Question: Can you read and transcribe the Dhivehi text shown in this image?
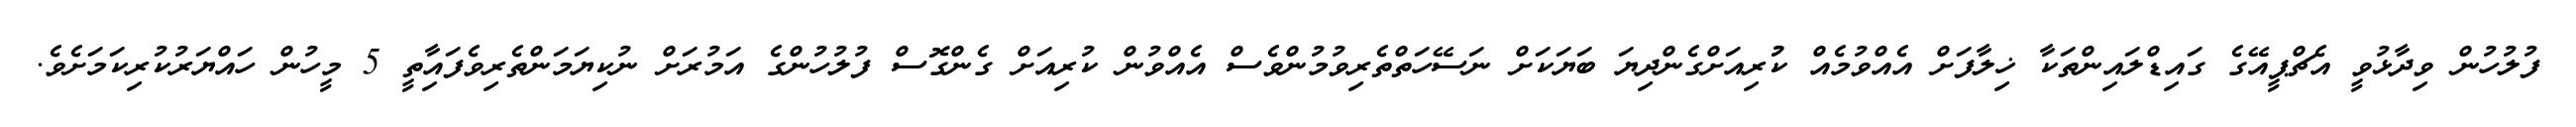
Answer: ފުލުހުން ވިދާޅުވީ އެޗްޕީއޭގެ ގައިޑްލައިންތަކާ ޚިލާފަށް އެއްވުމެއް ކުުރިއަށްގެންދިޔަ ބަޔަކަށް ނަސޭހަތްތެރިވުމުންވެސް އެއްވުން ކުރިއަށް ގެންގޮސް ފުލުހުންގެ އަމުރަށް ނުކިޔަމަންތެރިވެފައިާތީ 5 މީހުން ހައްޔަރުކުރިކަމަށެވެ.